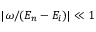
| \omega / ( E _ { n } - E _ { i } ) | \ll 1